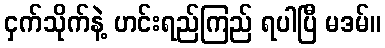
ငှက်သိုက်နဲ့ ဟင်းရည်ကြည် ရပါပြီ မဒမ်။